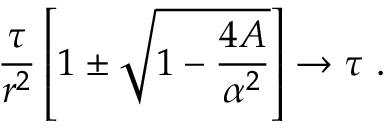
\frac { \tau } { r ^ { 2 } } \left[ 1 \pm \sqrt { 1 - \frac { 4 A } { \alpha ^ { 2 } } } \right] \rightarrow \tau \ .